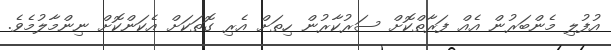
އުފުލި މެންބަރުން އެއް ފަރާތްކޮށް ސަރުކާރުން ހިތަށް އެރި ގޮތަކަށް އެކަންކޮށް ނިންމާލުމެވެ.